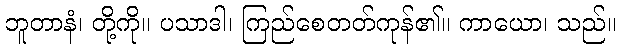
ဘူတာနံ၊ တို့ကို။ ပသာဒါ၊ ကြည်စေတတ်ကုန်၏။ ကာယော၊ သည်။